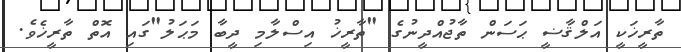
ތާރީޚަކީ އަލްޤާޟީ ޙަސަން ތާޖުއްދީނުގެ "ތާރީޚު އިސްލާމި ދީބާ މަޙަލު"ގައި އޮތް ތާރީޚެވެ.